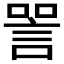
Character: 𬢧